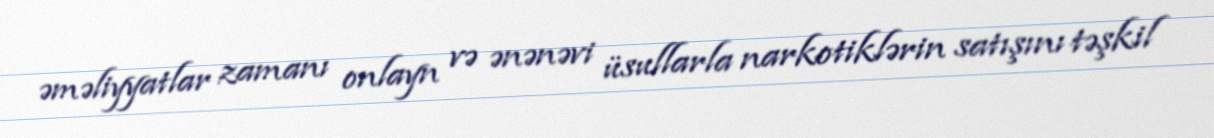
əməliyyatlar zamanı onlayn və ənənəvi üsullarla narkotiklərin satışını təşkil